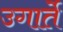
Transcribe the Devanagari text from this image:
उगार्ते